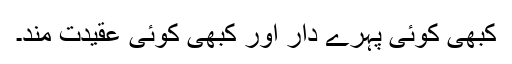
کبھی کوئی پہرے دار اور کبھی کوئی عقیدت مند۔